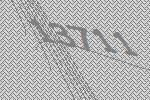
13711